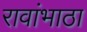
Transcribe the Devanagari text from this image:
रावांभाठा